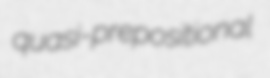
quasi-prepositional